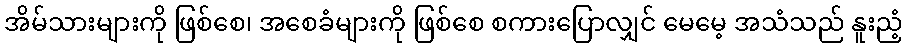
အိမ်သားများကို ဖြစ်စေ၊ အစေခံများကို ဖြစ်စေ စကားပြောလျှင် မေမေ့ အသံသည် နူးညံ့